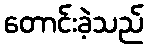
တောင်းခဲ့သည်